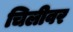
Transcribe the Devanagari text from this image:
चिलीवर